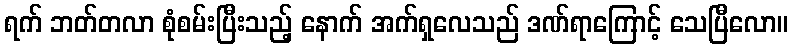
ရက် ဘတ်တလာ စုံစမ်းပြီးသည့် နောက် အက်ရှလေသည် ဒဏ်ရာကြောင့် သေပြီလော။